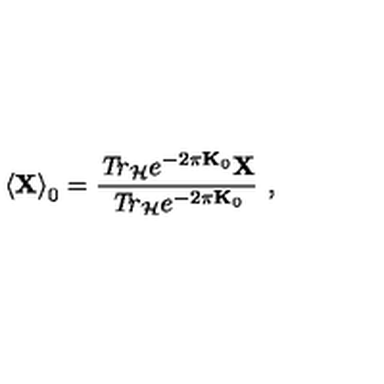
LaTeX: \left\langle { \bf X } \right\rangle _ { 0 } = \frac { { \it T r } _ { { \cal H } } e ^ { - 2 \pi { \bf K } _ { 0 } } { \bf X } } { { \it T r } _ { { \cal H } } e ^ { - 2 \pi { \bf K } _ { 0 } } } \ ,